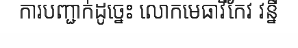
ការបញ្ជាក់ដូច្នេះ លោកមេធាវីកែវ វន្នី